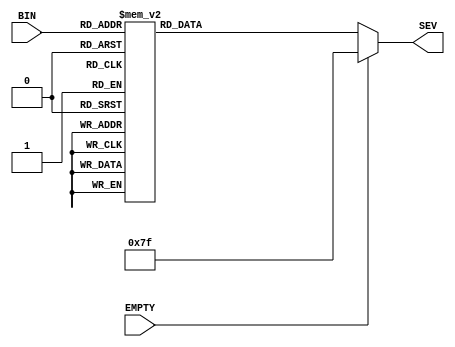
module binary2seven(
		input [3:0] BIN,
		input EMPTY,
        output reg [0:6] SEV
    );
    always @ (BIN) begin
			if(EMPTY == 1)
				SEV = 7'b1111111;
			else
        case (BIN)
            4'd0	: SEV = 7'b0000001; 
            4'd1	: SEV = 7'b1001111; 
            4'd2	: SEV = 7'b0010010; 
            4'd3	: SEV = 7'b0000110; 
            4'd4	: SEV = 7'b1001100; 
            4'd5	: SEV = 7'b0100100; 
            4'd6	: SEV = 7'b0100000; 
            4'd7	: SEV = 7'b0001111; 
            4'd8	: SEV = 7'b0000000; 
            4'd9	: SEV = 7'b0001100; 
				4'd10	: SEV = 7'b0001000; //A
				4'd11	: SEV = 7'b1100000; //b
				4'd12	: SEV = 7'b0110001; //C
				4'd13	: SEV = 7'b1000010; //d
				4'd14	: SEV = 7'b0110000; //E
				4'd15	: SEV = 7'b0111000; //F
            default:SEV = 7'b1100010; //r
        endcase
	  end
endmodule